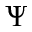
\Psi